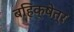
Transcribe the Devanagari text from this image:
बहिक्षेत्र